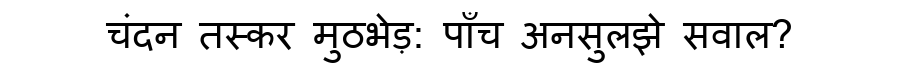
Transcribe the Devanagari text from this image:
चंदन तस्कर मुठभेड़: पाँच अनसुलझे सवाल?